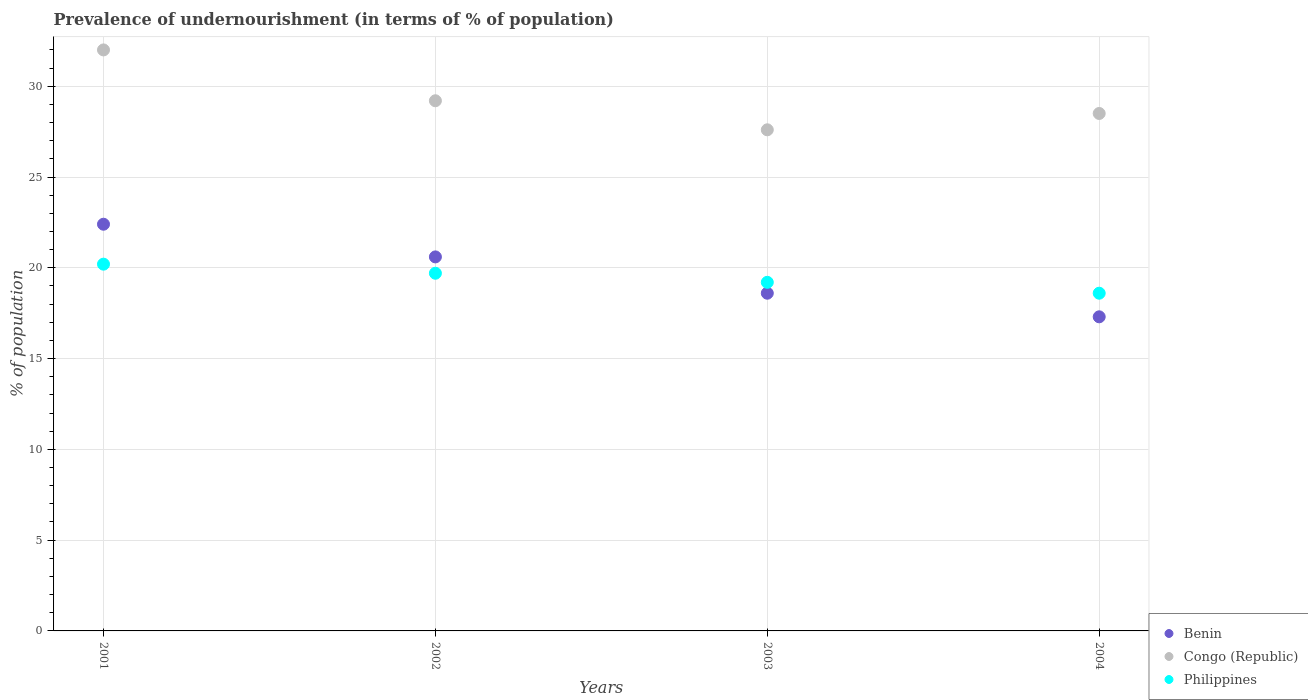
| Years | Benin | Congo (Republic) | Philippines |
 | --- | --- | --- | --- |
 | 2001 | 22.4 | 32 | 20.2 |
 | 2002 | 20.6 | 29.2 | 19.7 |
 | 2003 | 18.6 | 27.6 | 19.2 |
 | 2004 | 17.3 | 28.5 | 18.6 |